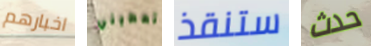
اخبارهم وتعطيني ستنقذ حدث